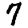
Digit: 7